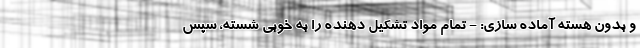
و بدون هسته آماده سازی: - تمام مواد تشکیل دهنده را به خوبی شسته، سپس